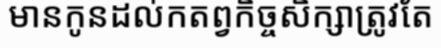
មានកូនដល់កតព្វកិច្ចសិក្សាត្រូវតែ